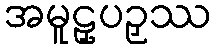
အမူဠှပဉှဿ